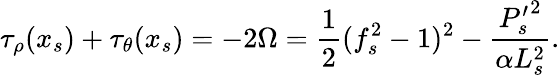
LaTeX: \tau_{\rho}(x_{s})+\tau_{\theta}(x_{s})=-2\Omega=\frac{1}{2}(f_{s}^{2}-1)^{2}-\frac{{P_{s}^{\prime}}^{2}}{\alpha L_{s}^{2}}.